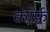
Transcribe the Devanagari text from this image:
कॉर्फ़